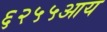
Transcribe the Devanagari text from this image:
६२५५आय